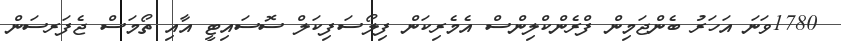
1780ވަނަ އަހަރު ބެންޖަމިން ފްރެންކްލިންސް އެމެރިކަން ފިލޯސަފިކަލް ސޮސައިޓީ އާއި ތޯމަސް ޖެފަރސަން